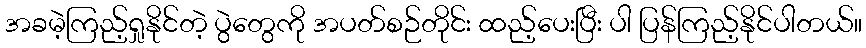
အခမဲ့ကြည့်ရှုနိုင်တဲ့ ပွဲတွေကို အပတ်စဉ်တိုင်း ထည့်ပေးပြီး ပါ ပြန်ကြည့်နိုင်ပါတယ်။